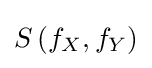
S\left(f_{X},f_{Y}\right)